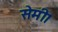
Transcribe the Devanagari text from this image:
सेमी।